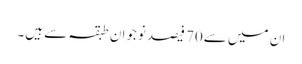
ان میں سے70 فیصد نوجوان طبقہ سے ہیں۔